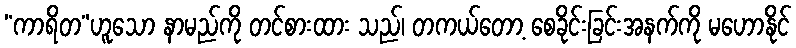
“ကာရိတ”ဟူသော နာမည်ကို တင်စားထား သည်၊ တကယ်တော့ စေခိုင်းခြင်းအနက်ကို မဟောနိုင်